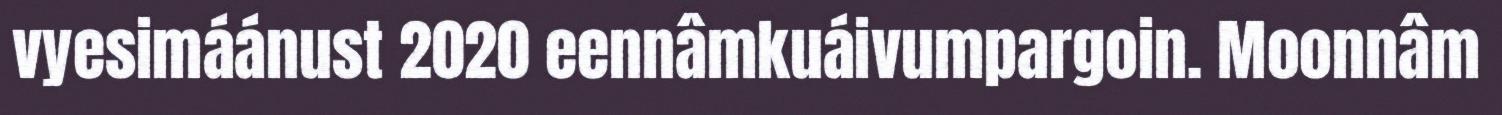
vyesimáánust 2020 eennâmkuáivumpargoin. Moonnâm